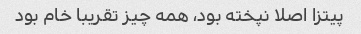
پیتزا اصلا نپخته بود، همه چیز تقریبا خام بود